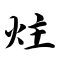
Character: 炷